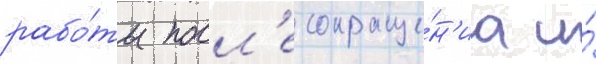
рабо́ты посл'е сокраще́н'иа и́